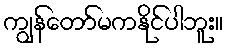
ကျွန်တော်မကနိုင်ပါဘူး။